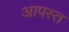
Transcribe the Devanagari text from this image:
आपस्त